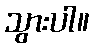
သွားပါ။